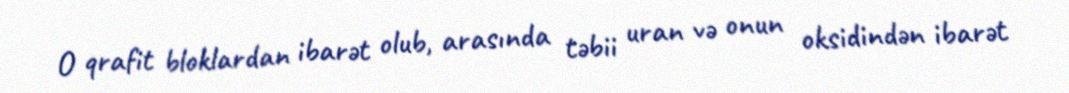
O qrafit bloklardan ibarət olub, arasında təbii uran və onun oksidindən ibarət